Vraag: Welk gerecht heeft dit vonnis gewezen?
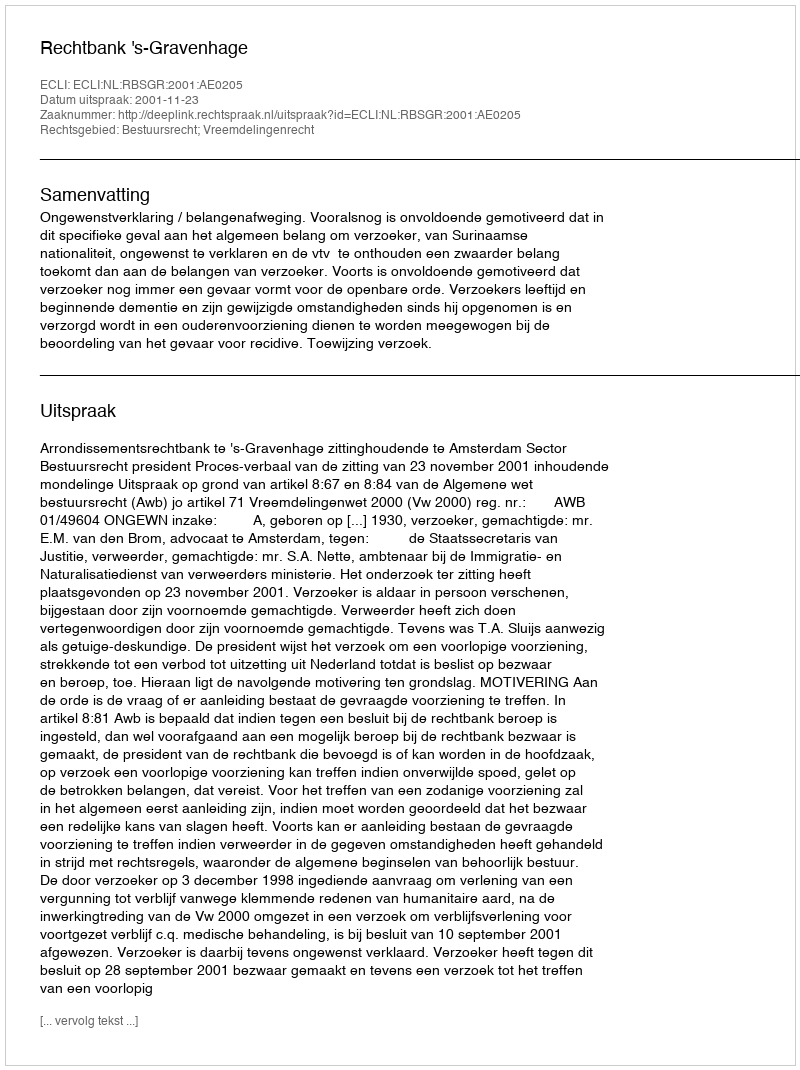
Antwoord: Rechtbank 's-Gravenhage